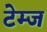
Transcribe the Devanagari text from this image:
टेम्ज